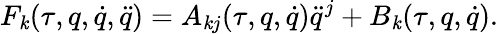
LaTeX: F_{\mathit{k}}(\tau,q,\dot{{q}},\ddot{{q}})=A_{\mathit{k}j}(\tau,q,\dot{{q}})\ddot{{q}}^{j}+B_{\mathit{k}}(\tau,q,\dot{{q}}).